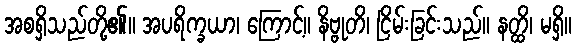
အစရှိသည်တို့၏။ အပရိက္ခယာ၊ ကြောင့်။ နိဗ္ဗုတိ၊ ငြိမ်းခြင်းသည်။ နတ္ထိ၊ မရှိ။